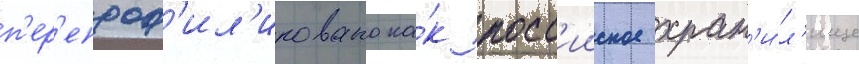
п'ер'епроф'ил'ировано ка́к росс'ииское хран'и́л'ище